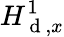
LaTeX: H_{\mathrm{~d~},x}^{1}